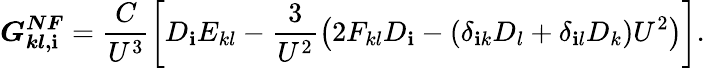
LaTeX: \boldsymbol{G_{kl,\mathbf{i}}^{NF}}=\frac{{C}}{{U^{3}}}\left[D_{\mathbf{i}}E_{kl}-\frac{{3}}{{U^{2}}}\left(2F_{kl}D_{\mathbf{i}}-(\delta_{\mathbf{i}k}D_{l}+\delta_{\mathbf{i}l}D_{k})U^{2}\right)\right].